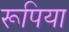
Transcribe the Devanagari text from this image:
रूपिया